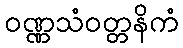
ဝဏ္ဏသံဝတ္တနိကံ